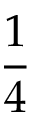
\frac 1 4